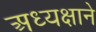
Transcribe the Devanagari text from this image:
अध्यक्षाने